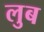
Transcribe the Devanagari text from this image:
लुब